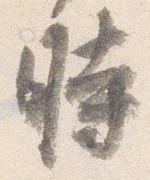
時